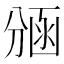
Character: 𭄃